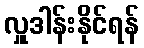
လှူဒါန်းနိုင်ရန်